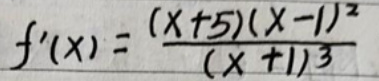
$f'(x)=\frac{(x + 5)(x - 1)^2}{(x + 1)^3}$